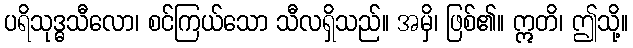
ပရိသုဒ္ဓသီလော၊ စင်ကြယ်သော သီလရှိသည်။ အမှိ၊ ဖြစ်၏။ ဣတိ၊ ဤသို့။